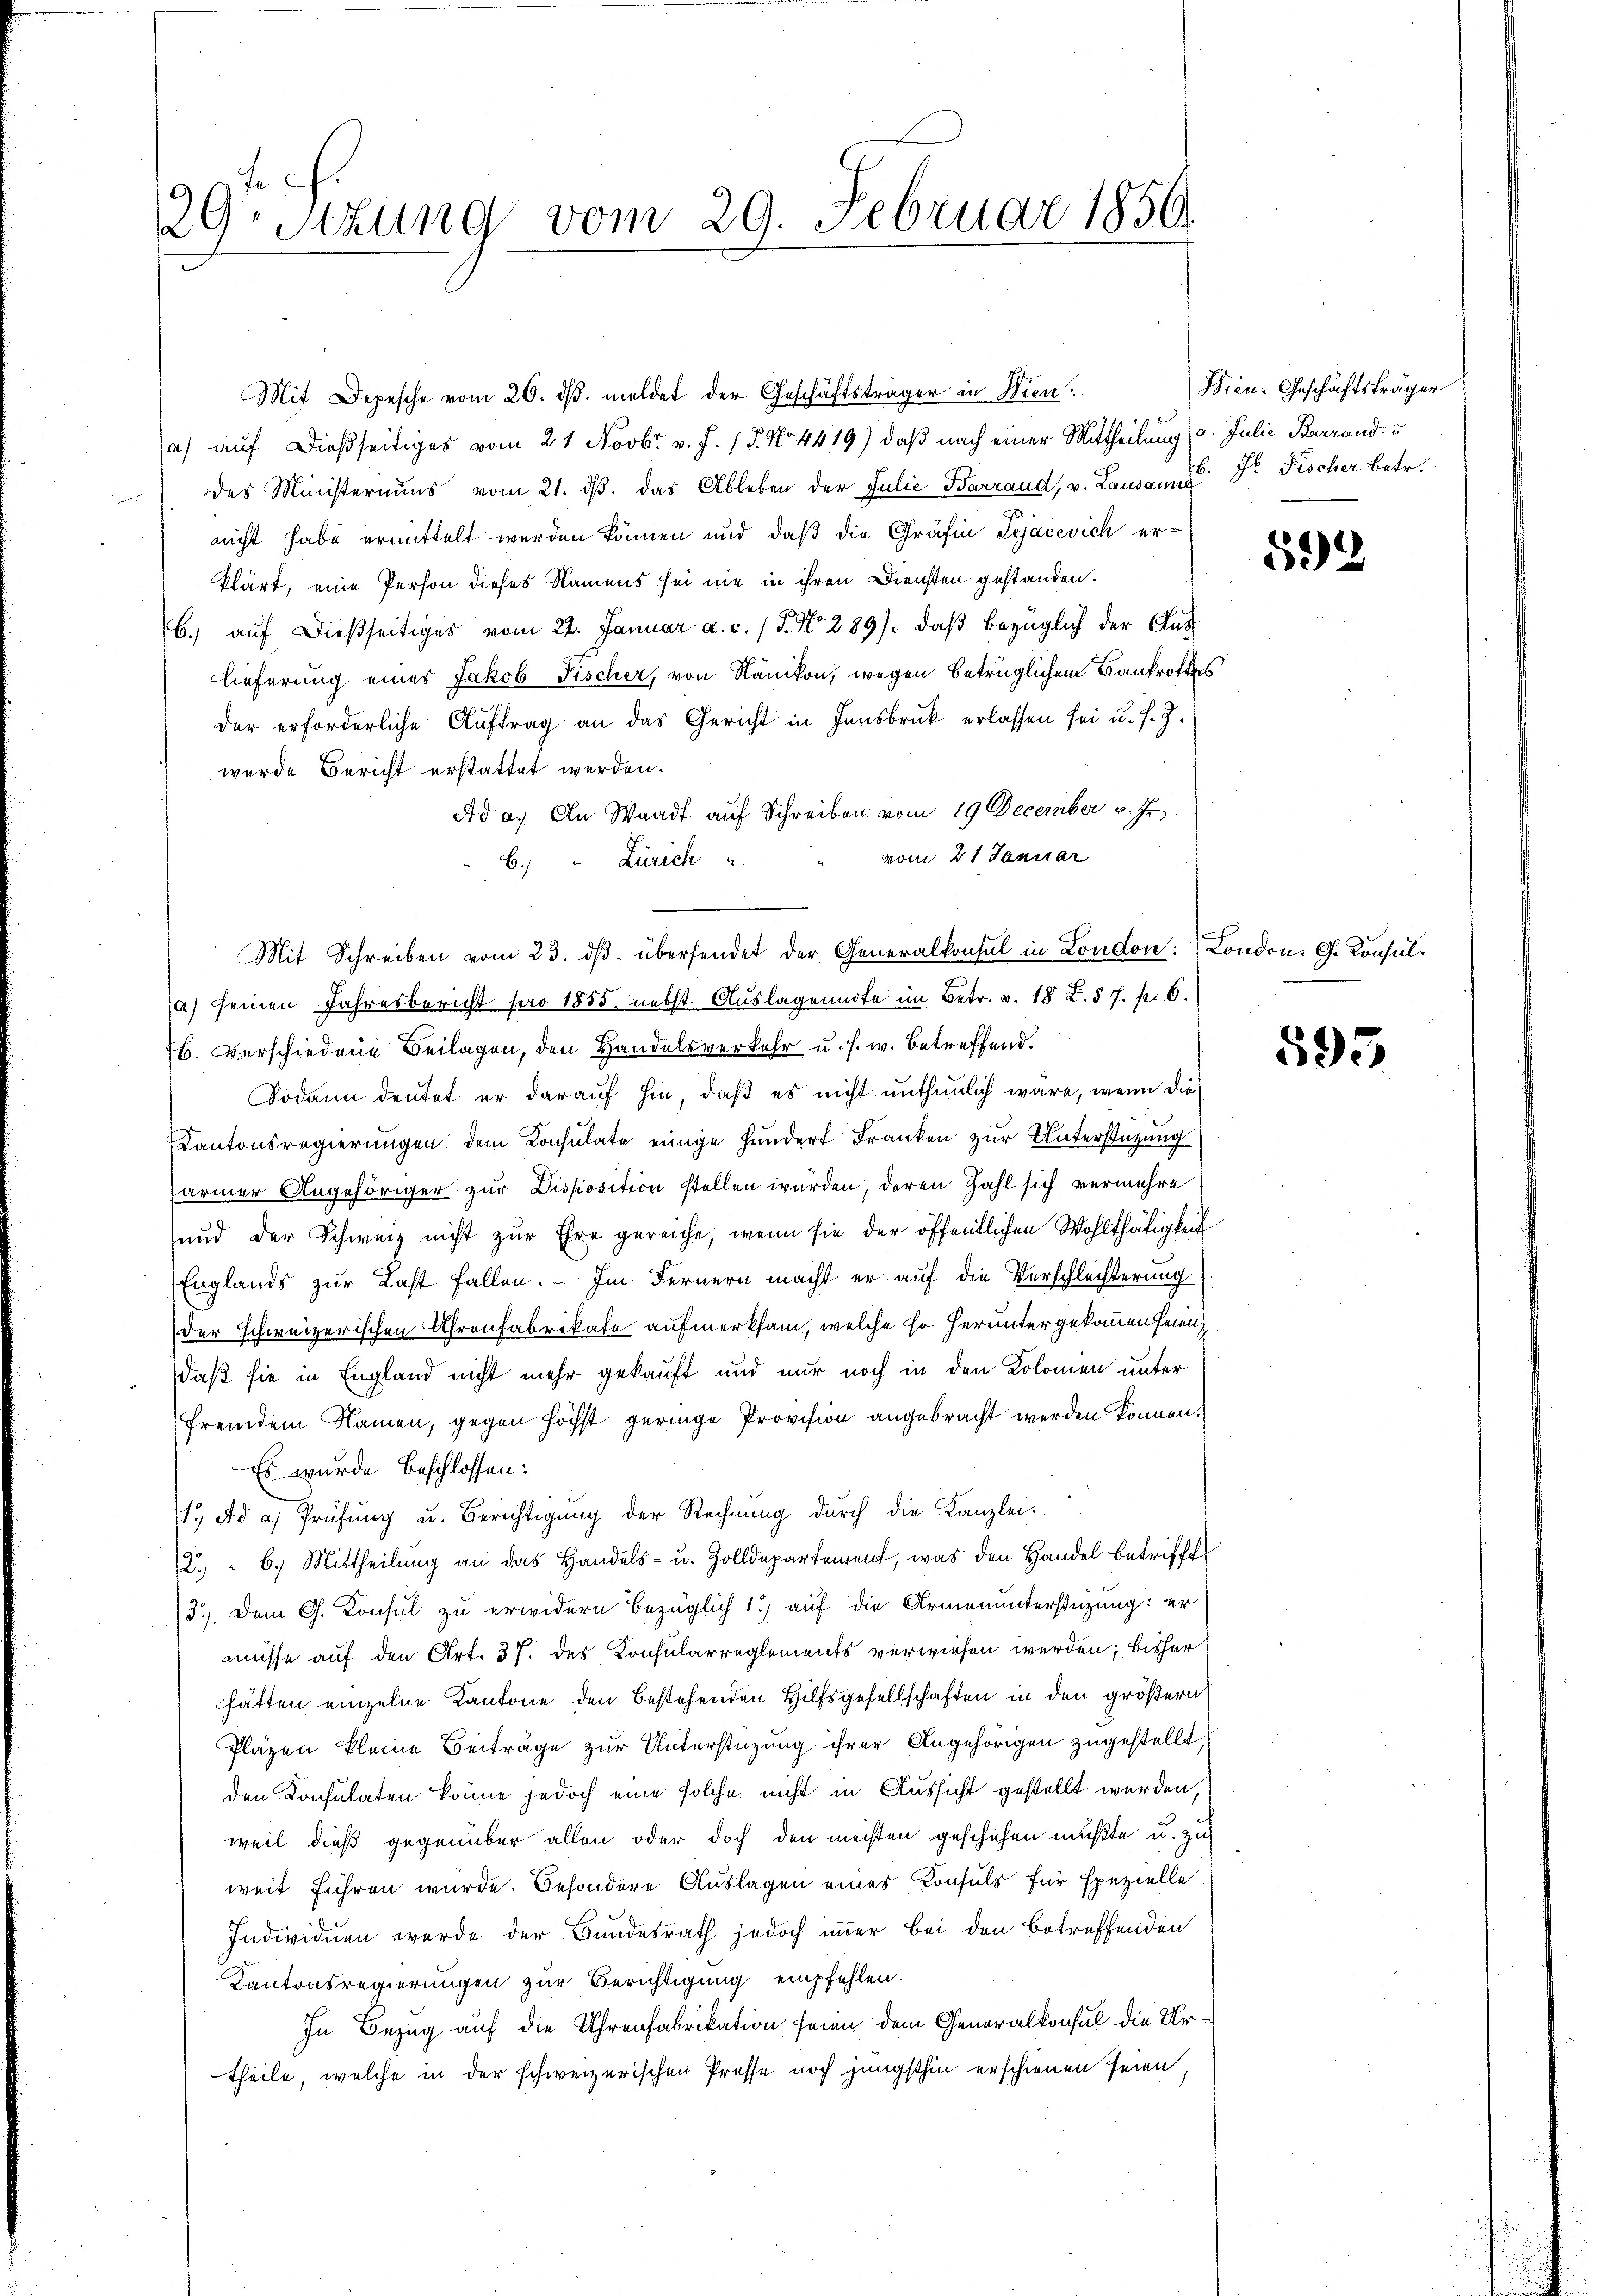
29 Stzung vom 29. Februar 1850.

Mit Depesche vom 26. dβ. meldet der Geschäftsträger in Wien.
a) auf dießseitiges vom 21. Novbr. v. J. 18. No 4419) daß nach einer Mittheilung (a. Julie Barrand- u.
des Ministeriums vom 21. dβ. das Ableben der Julie Barrand, v. Lausanne dr Fischer Betr.
nicht habe ermittelt werden können und daß die Gräfin Tejacevich er-
klärt, eine Person dieses Namens sei nie in ihren Diensten gestanden.
b.) auf dießseitiges vom 22. Januar a. c. (T. No 289), daß bezüglich der Aus
lieferung eines Jakob Fischer, von Nänikon, wegen betrüglichem Bankrottes
der erforderliche Auftrag an das Gericht in Innsbruk erlassen sei u. s. Z.
wurde Bericht erstattet werden.
Ad a. An Waadt auf Schreiben vom 19 December v. Js.
vom 21 Januar
Zürich
6.
(a) seinen Jahresbericht pro 1855. nebst Auslagenndte im Betr. v. 18 Z. 57. p. 6.
76. Verschiedene Beilagen, den Handelsverkehr u. s. w. betreffend.
Sodann deutet er darauf hin, daß es nicht unthunlich wäre, wenn die
Kantonsregierungen dem Consulate einige Fundert Franken zur Unterstützung
ärmer Angehöriger zur Disposition stellen wurden, deren Zahl sich vermehre
und der Schweiz nicht zŭr Ehre gereiche, wenn sie der öffentlichen Wohlthätigkeit
Englands zur Last fallen. — Im Fernern macht er auf die Verschlechterung
der schweizerischen Uhrenfabrikafe aufmerksam, welche so heruntergekommen seien
daß sie in England nicht mehr gekauft und nur noch in den Kolomen unter
fremdem Namen, gegen höchst geringe Provision angebracht werden können.
Es wurde beschlossen:
/1. Ad a) Prüfŭng u. Berichtigŭng der Rechnŭng durch die Kanzlei-
2. " 6. Mittheilung an das Handels- u. Zolldepartement, was den Handel betrifft
3.) Dem G. Konsul zu erwidern bezüglich 1) auf die Armenunterstüzung: er
müsse auf den Art. 37. des Konsularreglements verwiesen werden; bisher
hätten einzelne Kantone den bestehenden Hilfsgesellschaften in den größern
Pläzen kleine Beiträge zur Unterstüzung ihrer Angehörigen zugestellt,
den Konsulaten könne jedoch eine solche nicht in Aussicht gestellt werden,
weil dieß gegenüber allen oder doch den mechten geschehen mußte u. zu
weit führen wurde. Besondere Auslagen eines Konsuls für spezielle
Individuen werde der Bundesrath jedoch immer bei den betreffenden
Kantonsregierungen zur Berichtigung empfehlen.
In Bezug auf die Uhrenfabrikation seien dem Generalkonsul die Urtheile, welche in der schweizerischen Presse noch jüngsthin erschienen seien,

Mit Schreiben vom 23. dβ. übersendet der Generalkonsul in London: London. G. Konsul¬

Wien. Geschäftsträger

592

593